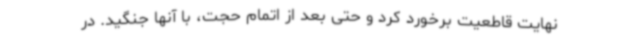
نهایت قاطعیت برخورد کرد و حتی بعد از اتمام حجت، با آنها جنگید. در